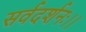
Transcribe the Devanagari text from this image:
सर्वदर्शनः।।